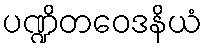
ပဏ္ဍိတဝေဒနိယံ